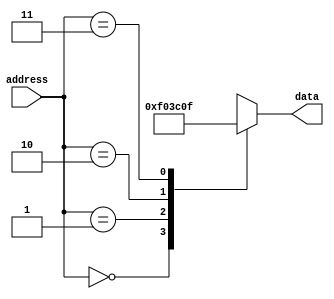
module MemoryBlocks_ROM (
    input wire [1:0] address,
    output reg [7:0] data
);

reg [7:0] mem_block0 = 8'b00000000;
reg [7:0] mem_block1 = 8'b11110000;
reg [7:0] mem_block2 = 8'b00111100;
reg [7:0] mem_block3 = 8'b00001111;

always @(*) begin
    case(address)
        2'b00: data = mem_block0;
        2'b01: data = mem_block1;
        2'b10: data = mem_block2;
        2'b11: data = mem_block3;
    endcase
end

endmodule